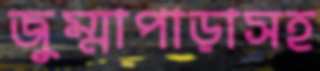
জুম্মাপাড়াসহ